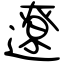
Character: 遼